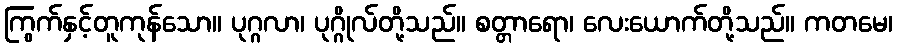
ကြွက်နှင့်တူကုန်သော။ ပုဂ္ဂလာ၊ ပုဂ္ဂိုလ်တို့သည်။ စတ္တာရော၊ လေးယောက်တို့သည်။ ကတမေ၊